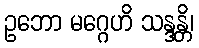
ဥဘော မဂ္ဂေဟိ သန္ဒန္တိ၊